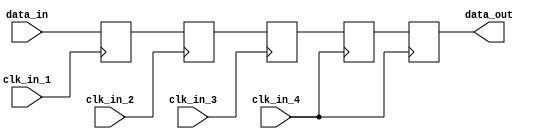
module four_way_bypass_register (
    input wire clk_in_1,
    input wire clk_in_2,
    input wire clk_in_3,
    input wire clk_in_4,
    input wire [7:0] data_in,
    output reg [7:0] data_out
);

reg [7:0] buffer_1;
reg [7:0] buffer_2;
reg [7:0] buffer_3;
reg [7:0] buffer_4;

always @(posedge clk_in_1) begin
    buffer_1 <= data_in;
end

always @(posedge clk_in_2) begin
    buffer_2 <= buffer_1;
end

always @(posedge clk_in_3) begin
    buffer_3 <= buffer_2;
end

always @(posedge clk_in_4) begin
    buffer_4 <= buffer_3;
    data_out <= buffer_4;
end

endmodule